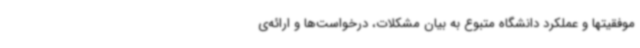
موفقیتها و عملکرد دانشگاه متبوع به بیان مشکلات، درخواست‌ها و ارائه‌ی